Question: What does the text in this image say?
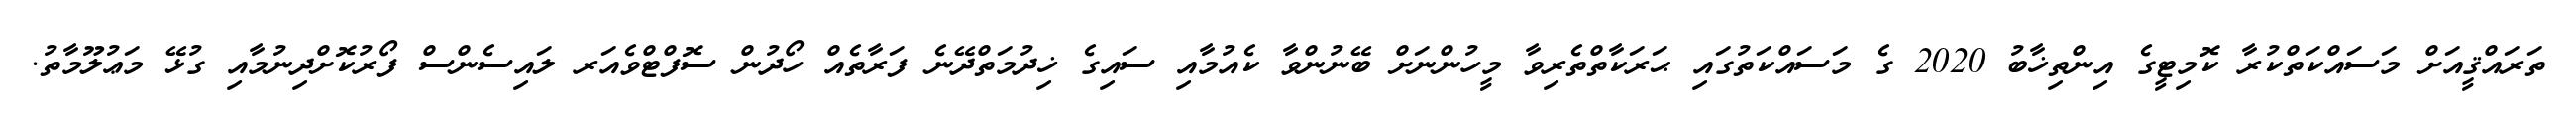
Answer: ތަރައްޤީއަށް މަސައްކަތްކުރާ ކޮމިޓީގެ އިންތިޚާބު 2020 ގެ މަސައްކަތުގައި ޙަރަކާތްތެރިވާ މީހުންނަށް ބޭނުންވާ ކެއުމާއި ސައިގެ ޚިދުމަތްދޭނެ ފަރާތެއް ހޯދުން ސޮފްޓްވެއަރ ލައިސެންސް ފޯރުކޮށްދިނުމާއި ގުޅޭ މަޢުލޫމާތު.